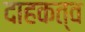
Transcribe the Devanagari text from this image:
दाहकत्व